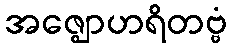
အဇ္ဈောဟရိတဗ္ဗံ